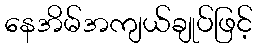
နေအိမ်အကျယ်ချုပ်ဖြင့်